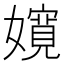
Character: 𡣚